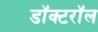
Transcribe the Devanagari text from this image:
डॉक्टरॉल